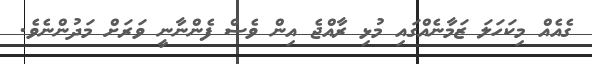
ގެއެއް މިކަހަލަ ޒަމާނެއްގައި މުޅި ރާއްޖެ އިން ވެސް ފެންނާނީ ވަރަށް މަދުންނެވެ.